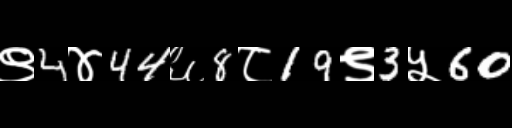
Text: ९4४44६8८19९3५60